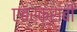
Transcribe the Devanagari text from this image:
एबरक्रांबी